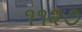
૧૧૨૭